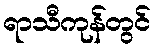
ရာသီကုန်တွင်